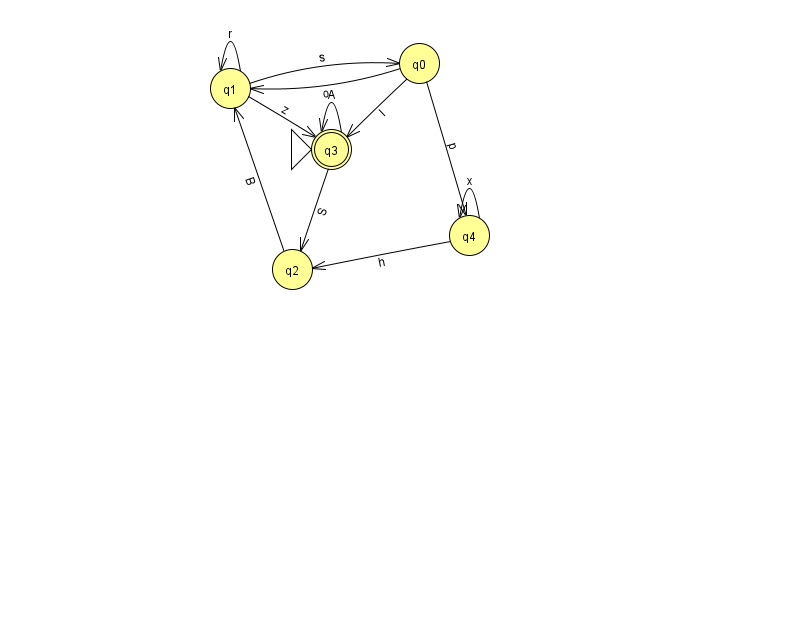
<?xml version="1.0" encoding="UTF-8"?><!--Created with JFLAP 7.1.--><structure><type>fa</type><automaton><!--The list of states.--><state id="0" name="q0"><x>419.0</x><y>50.0</y></state><state id="1" name="q1"><x>230.0</x><y>75.0</y></state><state id="2" name="q2"><x>292.0</x><y>256.0</y></state><state id="3" name="q3"><x>331.0</x><y>136.0</y><initial/><final/></state><state id="4" name="q4"><x>469.0</x><y>222.0</y></state><!--The list of transitions.--><transition><from>0</from><to>4</to><read>p</read></transition><transition><from>3</from><to>3</to><read>A</read></transition><transition><from>1</from><to>1</to><read>r</read></transition><transition><from>0</from><to>1</to><read>o</read></transition><transition><from>1</from><to>3</to><read>z</read></transition><transition><from>2</from><to>1</to><read>B</read></transition><transition><from>4</from><to>2</to><read>h</read></transition><transition><from>1</from><to>0</to><read>s</read></transition><transition><from>3</from><to>2</to><read>S</read></transition><transition><from>4</from><to>4</to><read>x</read></transition><transition><from>0</from><to>3</to><read>I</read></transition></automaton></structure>